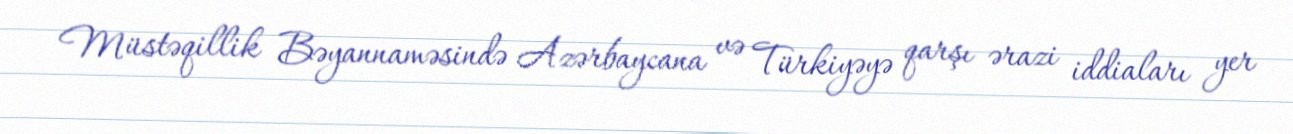
Müstəqillik Bəyannaməsində Azərbaycana və Türkiyəyə qarşı ərazi iddiaları yer